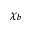
\chi _ { b }